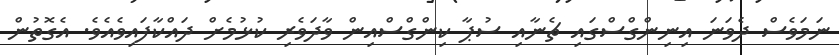
ނަމަވެސް ދެވަނަ އިނިންގްސްގައި ޗެނާއި ސުޕާ ކިންގްސްއިން ވާދަވެރި ކުޅުމެށް ދައްކާފައިވެއެވެ. އެގޮތުން